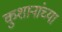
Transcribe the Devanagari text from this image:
कुशानांच्या